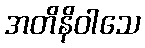
အတိနိဝါသေ